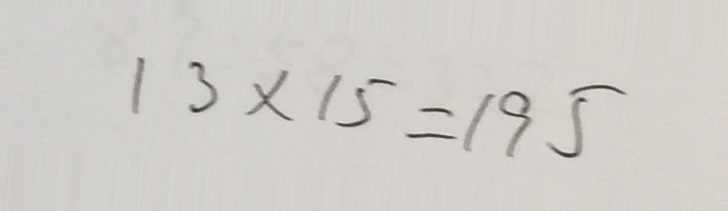
1 3 \times 1 5 = 1 9 5